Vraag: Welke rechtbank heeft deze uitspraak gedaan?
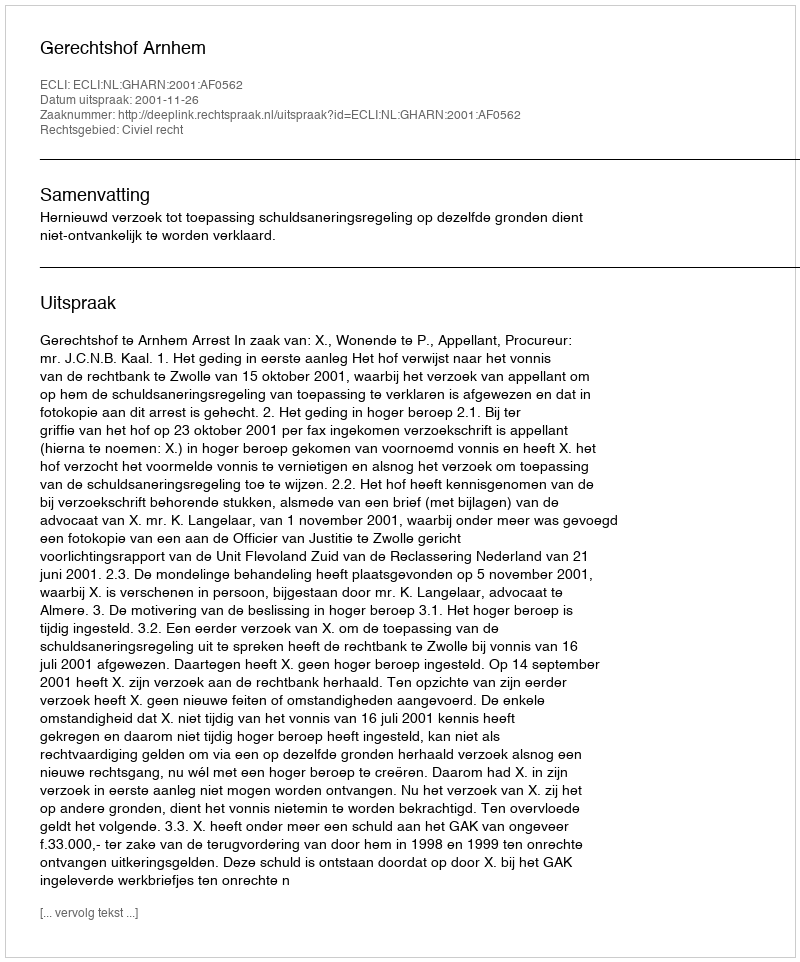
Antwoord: Gerechtshof Arnhem